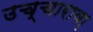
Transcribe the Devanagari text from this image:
उच्चारावा़